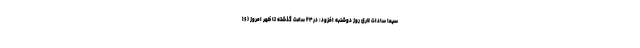
سیما سادات لاری روز دوشنبه افزود: در ۲۴ ساعت گذشته تا ظهر امروز (۱۶